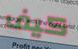
كيف